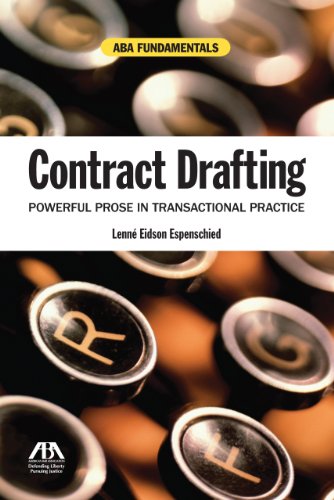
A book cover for Contract Drafting: Powerful Prose in Transactional Practice (ABA Fundamentals); Lenne Eidson Espenschied; Law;